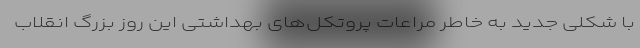
با شکلی جدید به خاطر مراعات پروتکل‌های بهداشتی این روز بزرگ انقلاب